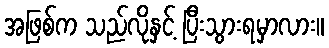
အဖြစ်က သည်လိုနှင့် ပြီးသွားရမှာလား။